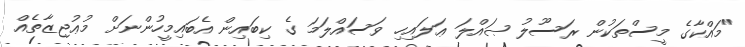
"މައްކާގެ މީސްތަކުން ރަސޫލު ޞައްލަ ޢަލައިހި ވަސައްލަމަ ގެ ކިބައިން އެބައިމީހުންނަށް މުޢުޖިޒާތެއް